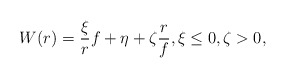
\begin{align*} W(r) = \frac{\xi}{r} f + \eta + \zeta \frac{r}{f}, \xi\le 0, \zeta>0,\end{align*}